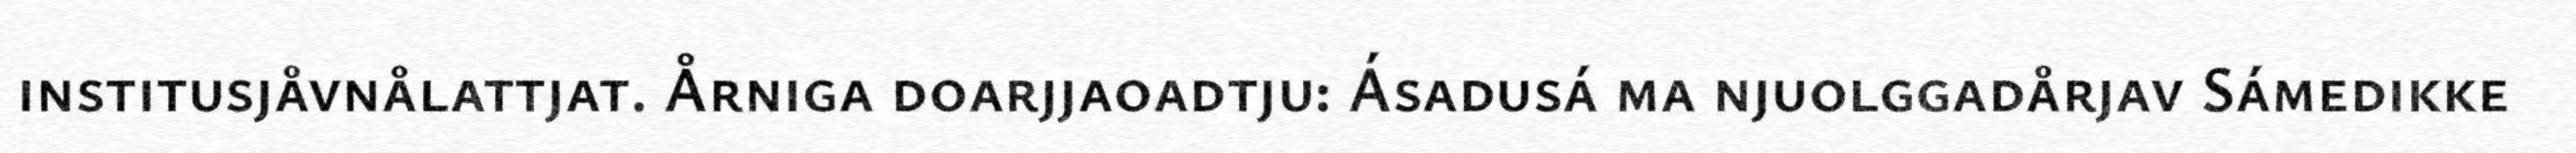
institusjåvnålattjat. Årniga doarjjaoadtju: Ásadusá ma njuolggadårjav Sámedikke